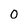
Character: 0